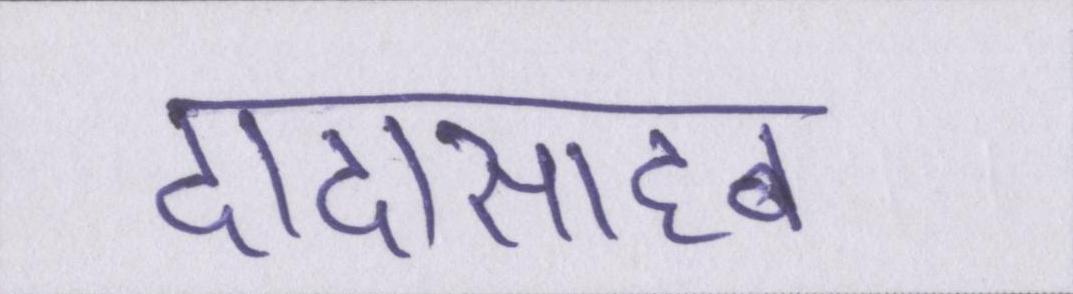
दादासाहब